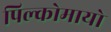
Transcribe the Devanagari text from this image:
पिल्कोमायो